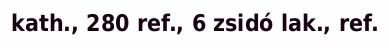
kath., 280 ref., 6 zsidó lak., ref.